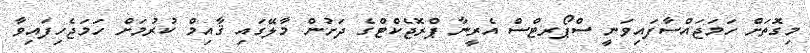
މިގޮތަށް ހަމަޖައްސާފައިވަނީ ސްޕޯރޓްސް އެރީނާ ޕްރޮޖެކްޓްގެ ދަށުން މާލޭގައި ޤާއިމް ކުރުމަށް ހަމަޖެހިފައިވާ